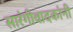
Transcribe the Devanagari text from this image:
सारंगीवादकांनी